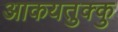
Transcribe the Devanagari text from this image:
आकयतुक्कु